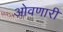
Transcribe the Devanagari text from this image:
ओवणारी